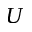
U